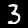
Digit: 3